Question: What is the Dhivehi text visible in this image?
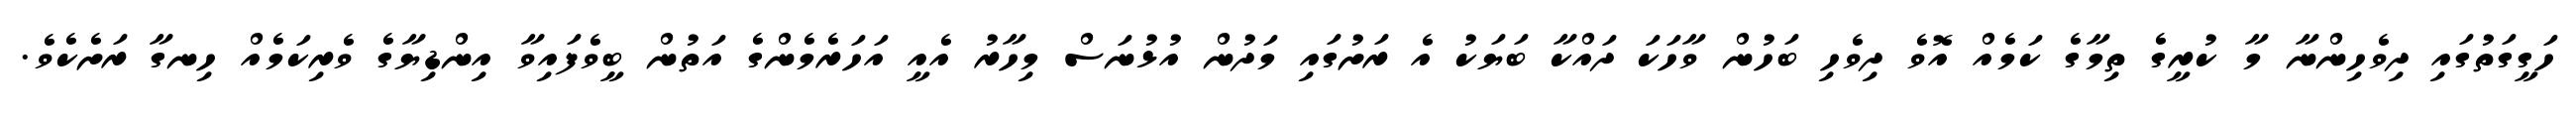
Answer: ހަގީގަތުގައި ދިވެހިންނާ މާ ކުރީގެ ތިމާގެ ކަމެއް އޮވެ ދިވެހި ބަހުން ވާހަކަ ދައްކާ ބަޔަކު އެ ރަށުގައި މަދުން އުޅުނަސް މިހާރު އެއީ އަހަރެމެންގެ އަތުން ބީވެފައިވާ އިންޑިޔާގެ ވެރިކަމެއް ހިނގާ ރަށެކެވެ.